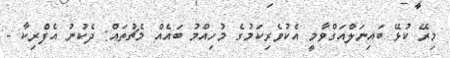
މިރޭ ކުޅޭ ބައިނަލްއަގްވާމީ އެކުވެރިކަމުގެ މުހިއްމު ބައެއް މެޗުތައް: ދެކުނު އެފްރިކާ -